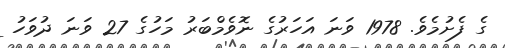
ގެ ފެށުމެވެ. 1978 ވަނަ އަހަރުގެ ނޮވެމްބަރު މަހުގެ 27 ވަނަ ދުވަހު